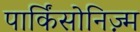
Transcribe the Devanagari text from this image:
पार्किंसोनिज़्म